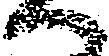
へ